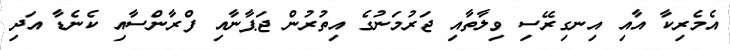
އެމެރިކާ އާއި އިނގިރޭސި ވިލާތާއި ޖަރުމަނުގެ އިތުުރުން ޖަޕާނާއި ފްރާންސާއި ކެނެޑާ އަދި